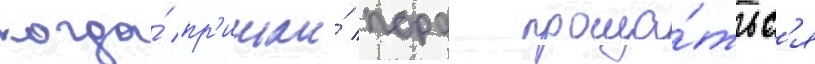
когда́ пр'ишла́ пора проща́тьс'я